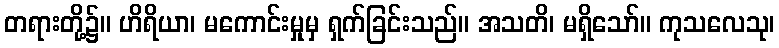
တရားတို့၌။ ဟိရိယာ၊ မကောင်းမှုမှ ရှက်ခြင်းသည်။ အသတိ၊ မရှိသော်။ ကုသလေသု၊